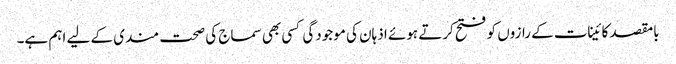
بامقصد کائینات کے رازوں کو فتح کرتے ہوئے اذہان کی موجودگی کسی بھی سماج کی صحت مندی کے لیے اہم ہے۔